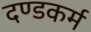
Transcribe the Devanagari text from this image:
दण्डकर्म